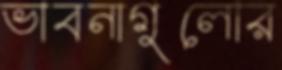
ভাবনাগুলোর